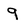
Character: 9